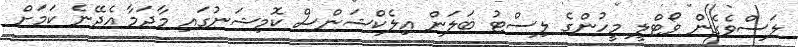
ލަސްވެގެން ވޯޓްލީ މީހުންގެ ލިސްޓު ބަލަން އިލެކްޝަންސް ކޮމިޝަނުގައި މާދަމާ އެދޭނެ ކަމަށް